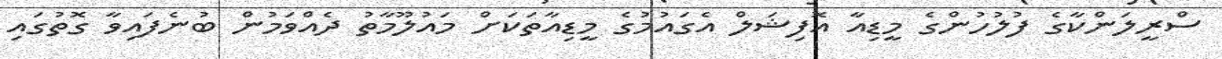
ސްރީލަންކާގެ ފުލުހުންގެ މީޑިއާ އޮފިޝަލް އެގައުމުގެ މީޑިއާތަކަށް މައުލޫމާތު ދެއްވަމުން ބުނެފަައިވާ ގޮތުގައި